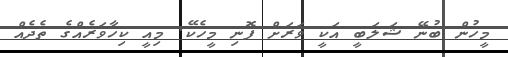
މީހުން ބުނޭ ޝަލަބީ އަކީ ވަރަށް ފޮނި މީހެކޭ. މިއީ ކިހާވަރެއްގެ ތެދެއް